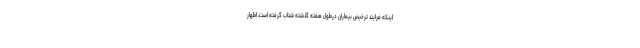
اینکه فرایند ترخیص بیماران درطول هفته گذشته شتاب گرفته است، اظهار